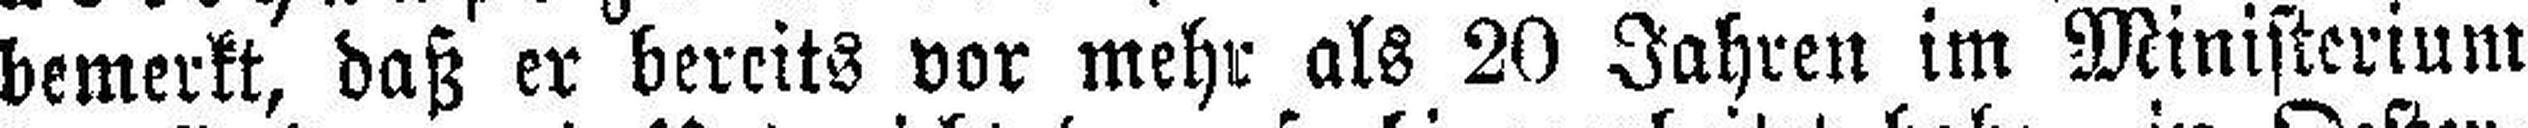
bemerkt, daß er bereits vor mehr als 20 Jahren im Ministerium